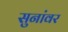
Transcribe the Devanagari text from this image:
सुनांवर